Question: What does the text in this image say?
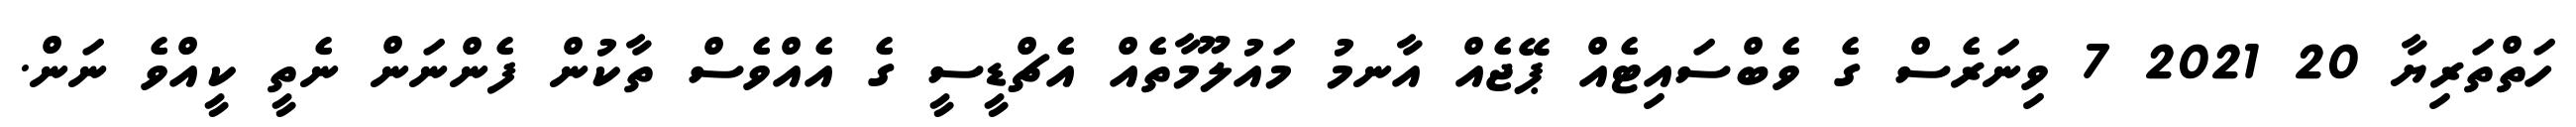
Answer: ހަތްތަރިޔާ 20 2021 7 ވިނަރެސް ގެ ވެބްސައިޓެއް ޕޭޖެއް އާނމު މައުލޫމާތެއް އެޗްޑީސީ ގެ އެއްވެސް ތާކުން ފެންނަން ނެތީ ކީއްވެ ނަން.